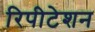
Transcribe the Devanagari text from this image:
रिपीटेशन